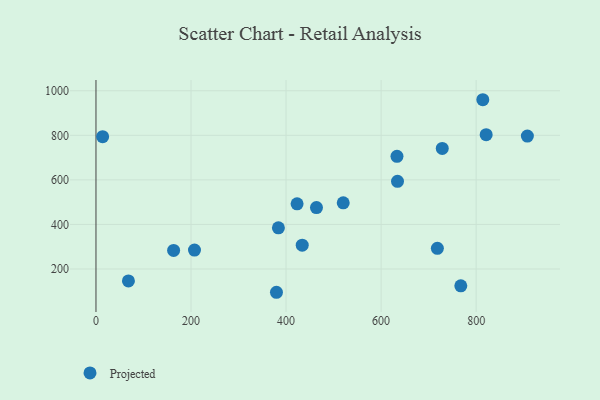
{"axis": {"x": "Speed", "y": "Sales"}, "legend": ["Projected"], "data": [{"x": "423.2", "y": 492.5, "type": "Projected"}, {"x": "207.3", "y": 284.9, "type": "Projected"}, {"x": "383.9", "y": 384.7, "type": "Projected"}, {"x": "14.0", "y": 794.1, "type": "Projected"}, {"x": "379.8", "y": 95.3, "type": "Projected"}, {"x": "634.5", "y": 593.5, "type": "Projected"}, {"x": "520.3", "y": 496.9, "type": "Projected"}, {"x": "464.0", "y": 475.6, "type": "Projected"}, {"x": "767.7", "y": 124.3, "type": "Projected"}, {"x": "907.8", "y": 796.4, "type": "Projected"}, {"x": "68.3", "y": 146.4, "type": "Projected"}, {"x": "633.4", "y": 705.9, "type": "Projected"}, {"x": "728.7", "y": 741.1, "type": "Projected"}, {"x": "434.0", "y": 306.8, "type": "Projected"}, {"x": "718.4", "y": 292.7, "type": "Projected"}, {"x": "814.0", "y": 959.8, "type": "Projected"}, {"x": "163.4", "y": 283.3, "type": "Projected"}, {"x": "821.1", "y": 803.1, "type": "Projected"}]}